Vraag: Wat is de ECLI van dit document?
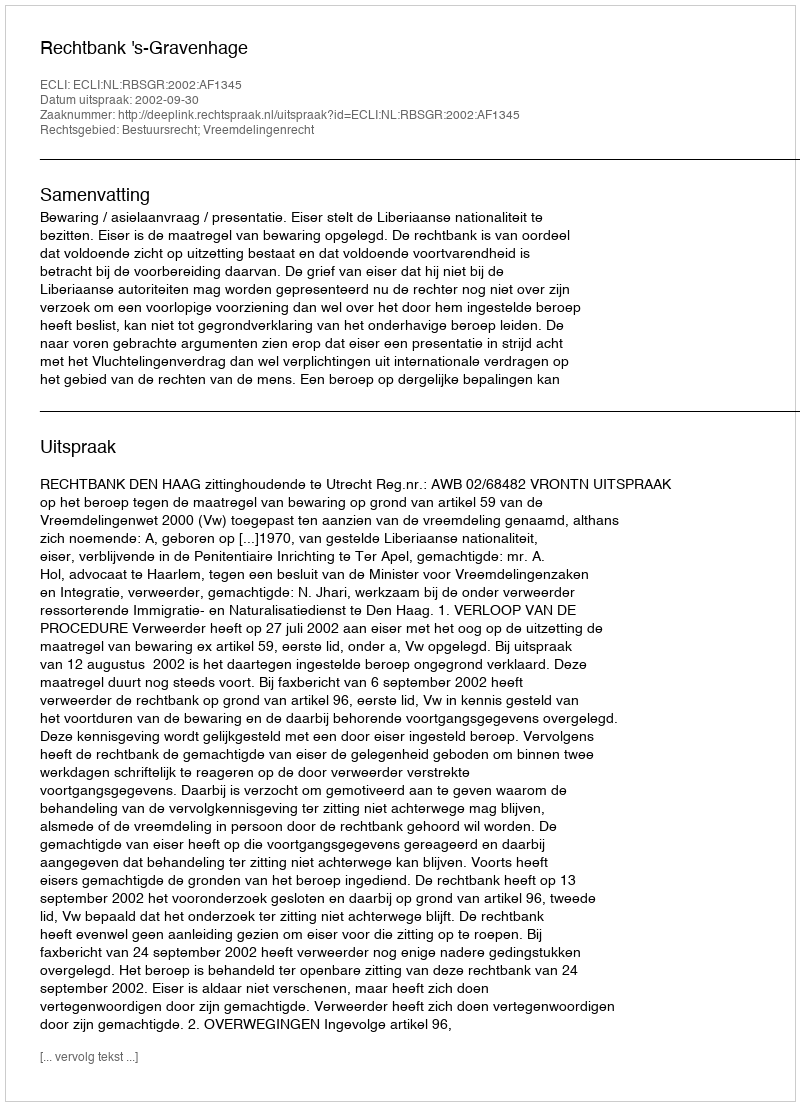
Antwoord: ECLI:NL:RBSGR:2002:AF1345